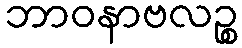
ဘာဝနာဗလဉ္စ